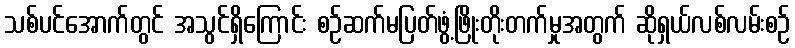
သစ်ပင်အောက်တွင် အသွင်ရှိကြောင်း စဉ်ဆက်မပြတ်ဖွံ့ဖြိုးတိုးတက်မှုအတွက် ဆိုရှယ်လစ်လမ်းစဉ်